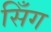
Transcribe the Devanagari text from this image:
सिँग